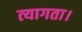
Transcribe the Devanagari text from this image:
त्‍यागता।